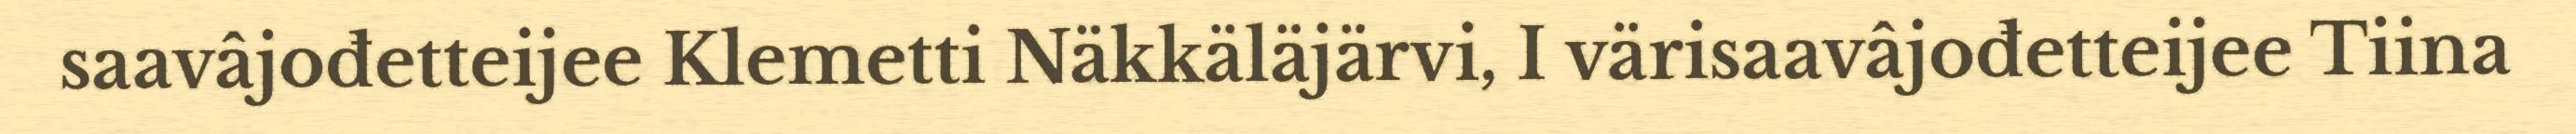
saavâjođetteijee Klemetti Näkkäläjärvi, I värisaavâjođetteijee Tiina